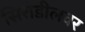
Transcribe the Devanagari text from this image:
सिरोडीलवर